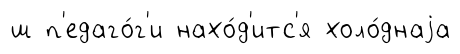
ш п'едаго́г'и нахо́д'итс'я холо́днаjа